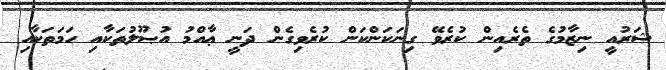
ޝަރުއީ ނިޒާމުގެ ތެރެއިން ކުރެވޭ ގިނަކަންކަން ކުރެވިގެން ދަނީ ޢާއްމު އުޞޫލުތަކާއި ހަމަތަކާއި